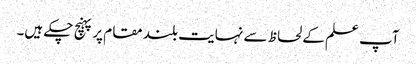
آپ علم کے لحاظ سے نہایت بلند مقام پر پہنچ چکے ہیں۔